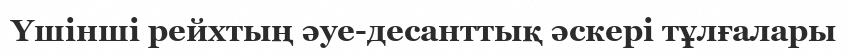
Үшінші рейхтың әуе-десанттық әскері тұлғалары